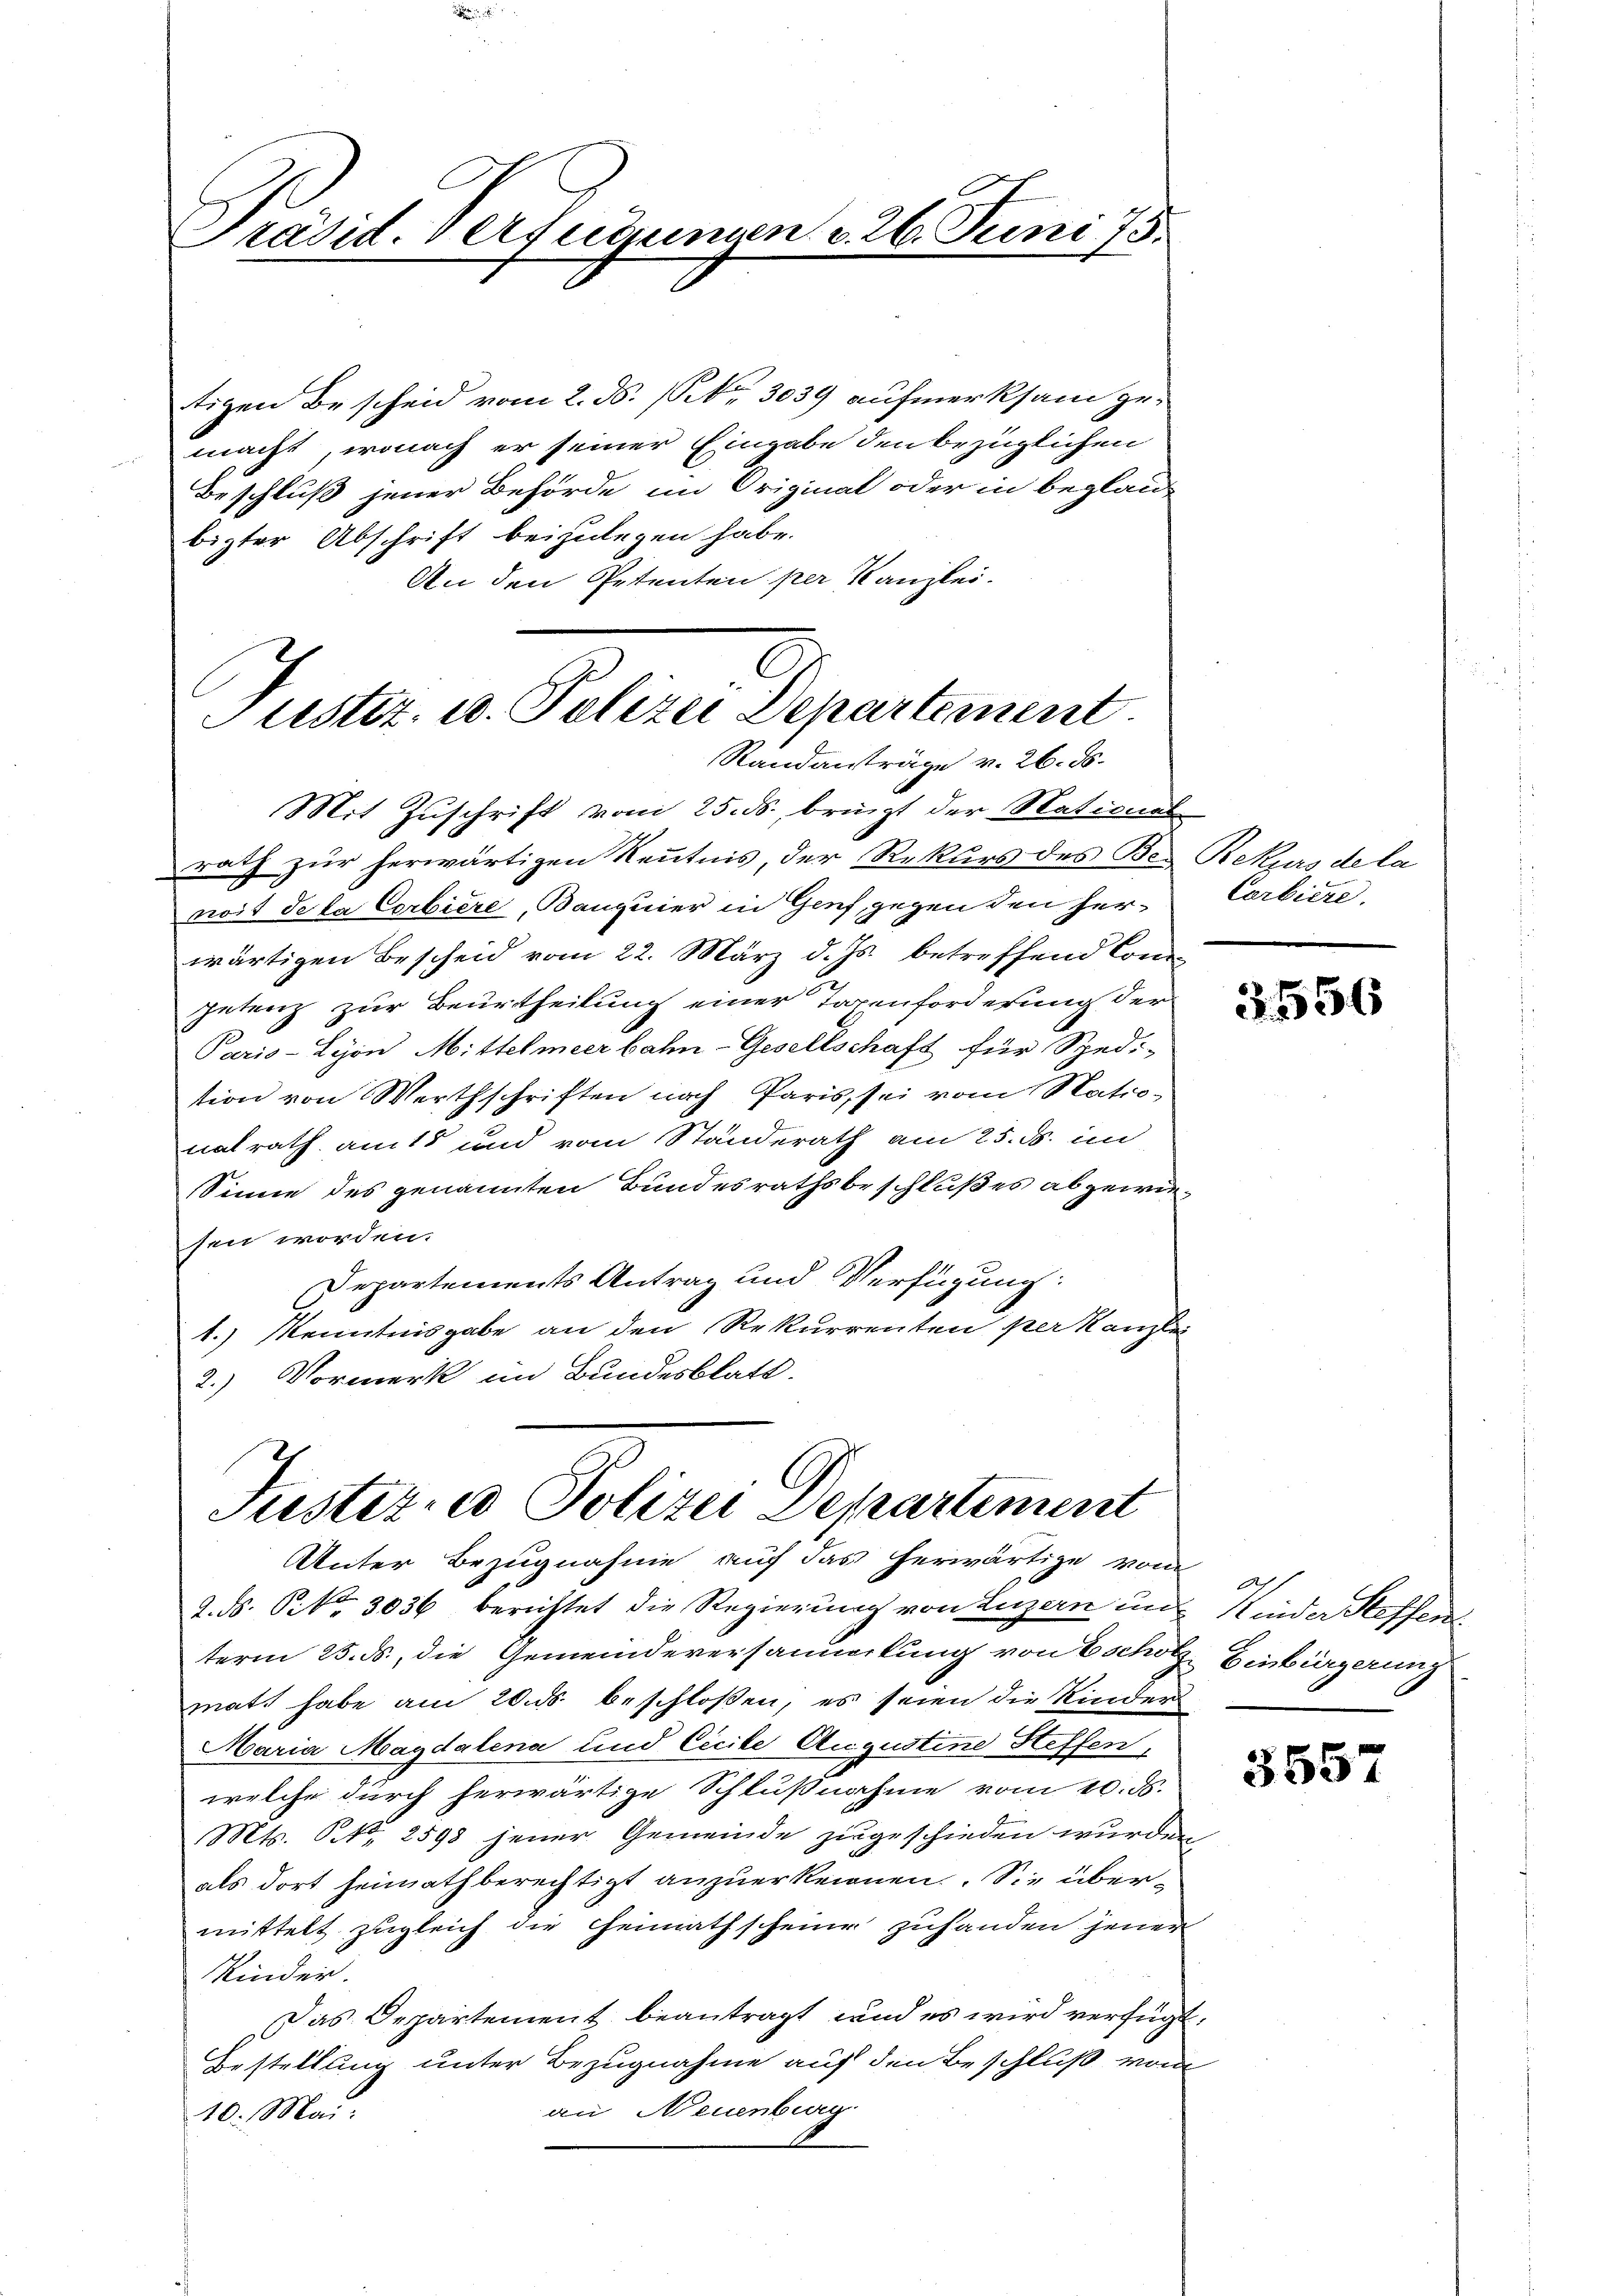
Präsid. Versudigen v. 26. Juni 15

tigen Bescheid vom 2. ds. (Nr. 3039 aufmerksam gemacht, wonach er seiner Eingabe den bezüglichen
Beschluß jener Behörde im Original oder in beglau
bister Abschrift beizulegen habe.
An den Petenten per Kanzlei.

Mit Zuschrift vom 25. ds. bringt der National-
rath zur herwärtigen Reutnis, der Rekurs des Bei Rekurs de la
noit de la Corbiere, Banquier in Genf, gegen den herwärtigen Bescheid vom 22. März d. Js. betreffend Conc
setenz zur Beurtheilung einer Taxenforderung der
Paris-Lyon Mittelmeer bahn-Gesellschaft für Spedi-
tion von Werthschriften nach Paris, sei vom Nationalrath amts und vom Standerath am 25. ds. im
ssinne des genannten Bundesrathsbeschlußes abgewiesen worden.
Departements Antrag und Verfügung:
1.) Kenntnisgabe an den Rekurrenten per Kanzlei
2.) Vormerk im Bundesblatt.

Justiz- u. Polizei Departement
Randanträge v. 26. ds.

Justiz- & Polizei Departement
Unter Bezugnahme auf das herwärtige vom

Corbiere.

2. ds. P. Nr. 3036 berichtet die Regierung von Luzern und Kinder Steffen
term 25. ds., die Gemeindeversammlung von Escholz Einbürgerung
matt habe am 20. ds beschloßen, es seien die Kinder
Maria Magdalena und Cicile Augustine Steffen,
welche durch herwärtige Schlußnahme vom 10. ds.
Mts. 6. No. 2598 jener Gemeinde zugeschieden wurden
als dort heimath berechtigt anzuerkennen. Sie übermittelt zugleich die Heimathscheine zuhanden jener
Kinder.
Das Departement beantragt, und es wird verfügt:
Bestellung unter Bezugnahme auf den Beschluß vom
an Neuenburg
10. Mai.

2556

As

5557